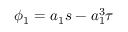
\phi _ { 1 } = a _ { 1 } s - a _ { 1 } ^ { 3 } \tau